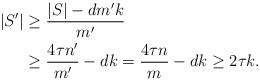
LaTeX: \begin{align*}|S'|&\geq \frac{|S|-dm'k}{m'}\\&\geq \frac{4\tau n'}{m'}-d k= \frac{4\tau n}{m}-d k\geq 2\tau k.\end{align*}